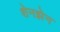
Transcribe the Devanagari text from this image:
शेनझेन